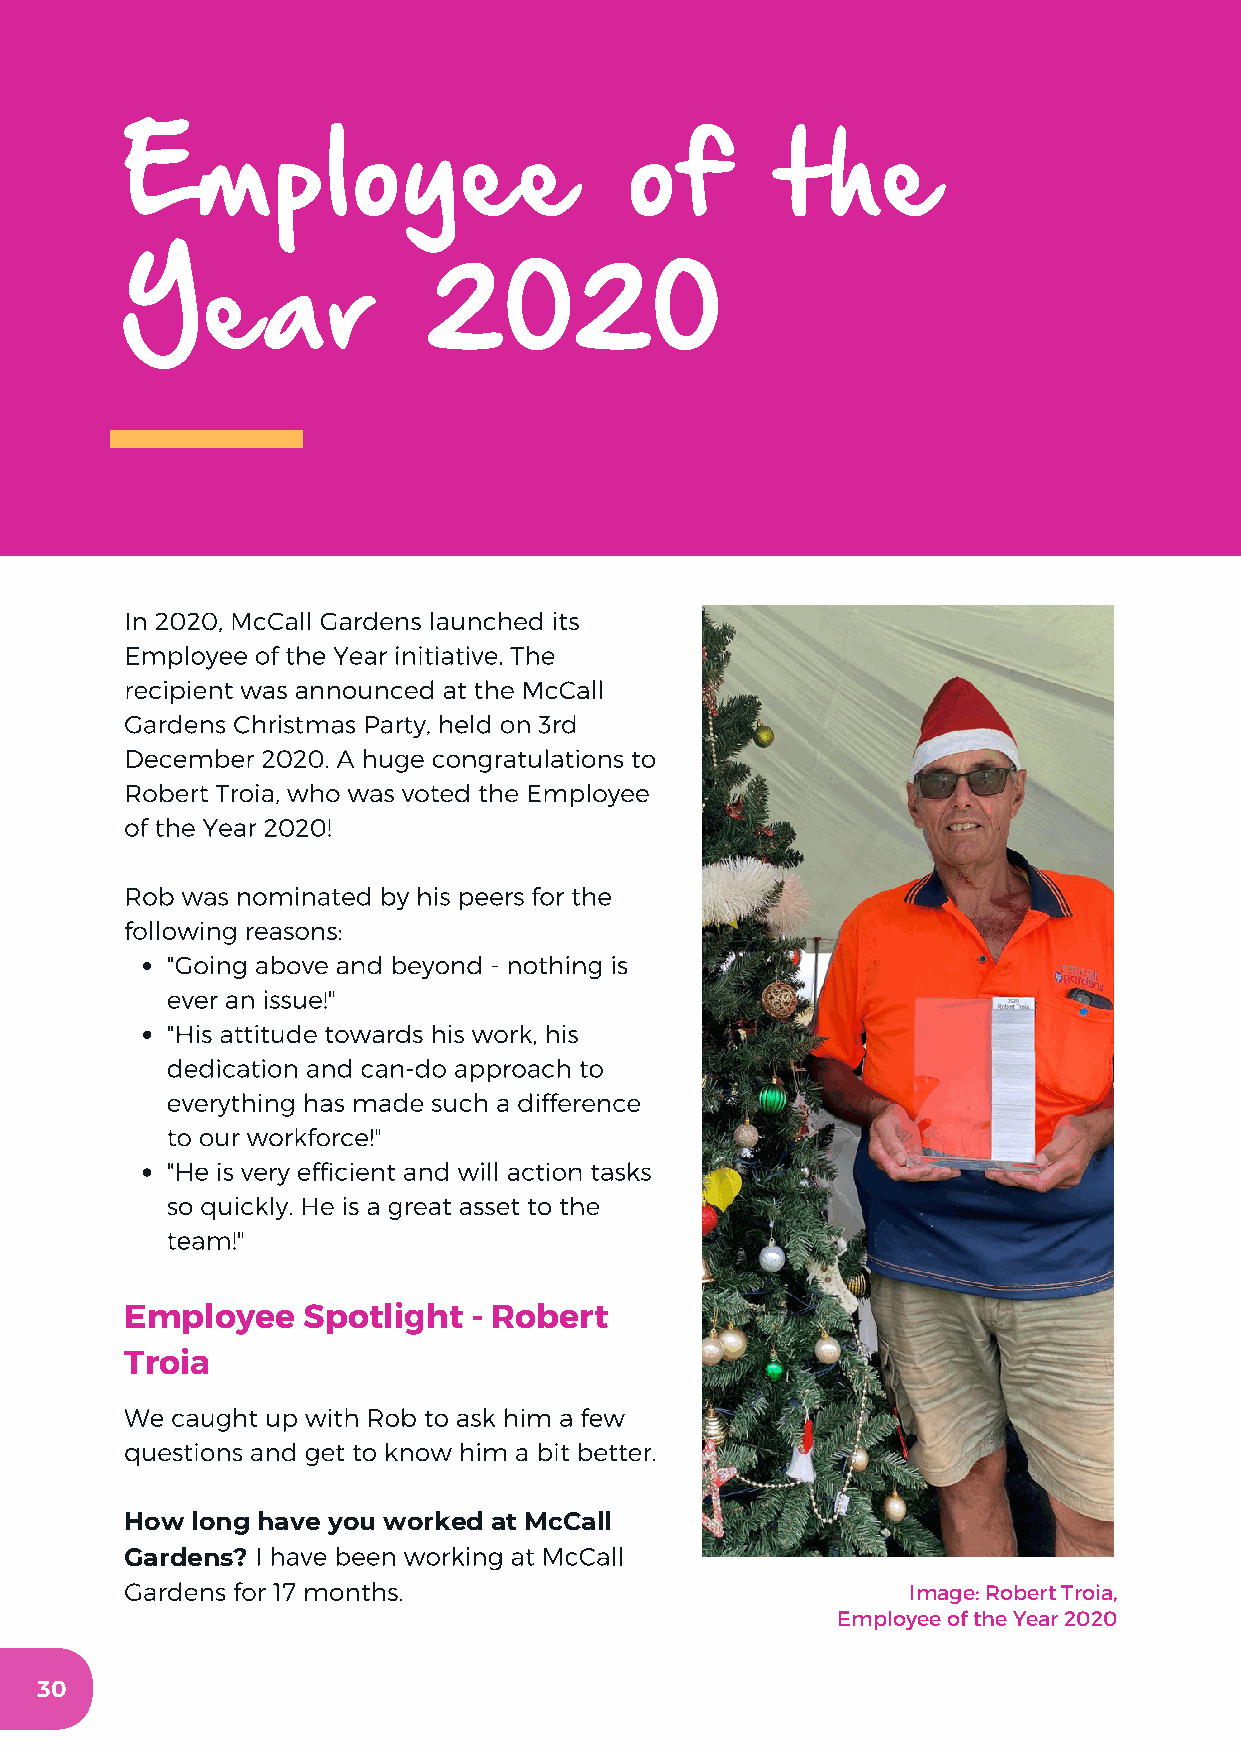
Employee                          of       the
 Year                2020
 In 2020, McCall Gardens launched its
 Employee of the Year initiative. The
 recipient was announced at the McCall
 Gardens Christmas Party, held on 3rd
 December 2020. A huge congratulations to
 Robert Troia, who was voted the Employee
 of the Year 2020!
 Rob was nominated by his peers for the
 following reasons:
 "Going above and beyond - nothing is
 ever an issue!"
 "His attitude towards his work, his
 dedication and can-do approach to
 everything has made such a difference
 to our workforce!"
 "He is very efficient and will action tasks
 so quickly. He is a great asset to the
 team!"
 Employee    Spotlight  - Robert
 Troia
 We caught up with Rob to ask him a few
 questions and get to know him a bit better.
 How  long have you worked at McCall
 I have been working at McCall
 Gardens?
 Gardens for 17 months.
 Image: Robert Troia,
 Employee of the Year 2020
 30